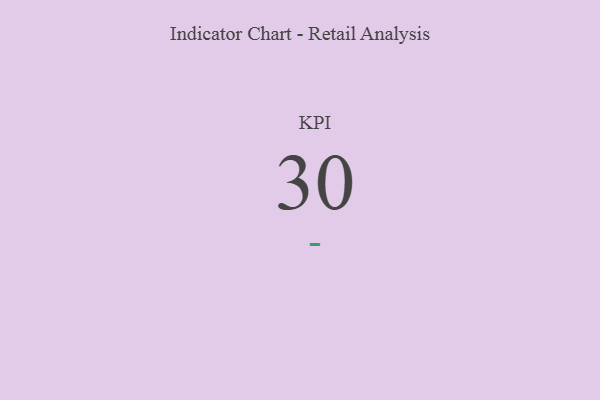
{"axis": {"x": "KPI", "y": "Value"}, "legend": [""], "data": [{"x": "KPI", "y": 30, "type": ""}]}